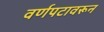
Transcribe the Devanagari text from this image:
वर्णपटावरून